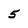
Character: 5